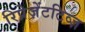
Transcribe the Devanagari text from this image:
रिप्रेज़ेंटटिव्ज़